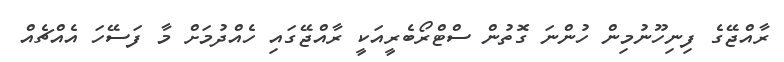
ރާއްޖޭގެ ފިނިހޫނުމިން ހުންނަ ގޮތުން ސްޓްރޯބެރީއަކީ ރާއްޖޭގައި ހެއްދުމަށް މާ ފަސޭހަ އެއްޗެއް